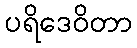
ပရိဒေဝိတာ